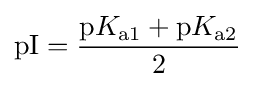
\mathrm {pI} ={\frac {\mathrm {p} K_{\mathrm {a1} }+\mathrm {p} K_{\mathrm {a2} }}{2}}